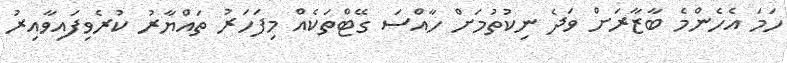
ހަމަ އެހެންމެ ބާޒާރަށް ވަދެ ނިކުތުމަށް ހާއްސަ ގޭޓްތަކެއް މިފަހަރު ތައްޔާރު ކުރެވިފައިވާއިރު